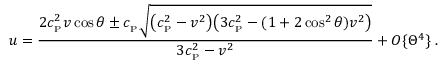
u = { \frac { 2 c _ { _ \mathrm { P } } ^ { 2 } v \cos \theta \pm c _ { _ \mathrm { P } } \sqrt { \big ( c _ { _ \mathrm { P } } ^ { 2 } - v ^ { 2 } \big ) \big ( 3 c _ { _ \mathrm { P } } ^ { 2 } - ( 1 + 2 \cos ^ { 2 } \theta ) v ^ { 2 } \big ) } } { 3 c _ { _ \mathrm { P } } ^ { 2 } - v ^ { 2 } } } + { \cal O } \{ \Theta ^ { 4 } \} \ .